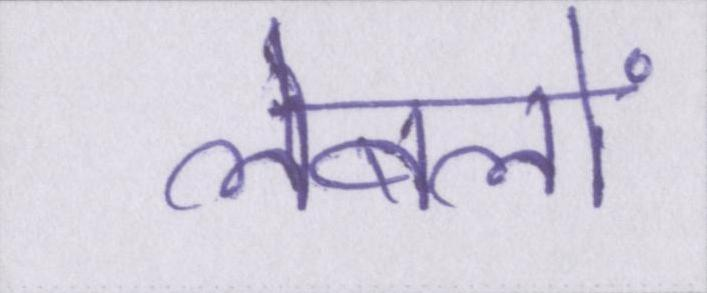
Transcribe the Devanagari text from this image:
लेबलों